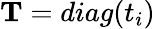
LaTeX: \mathbf{T}=diag(t_{i})